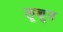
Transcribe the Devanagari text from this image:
लूशुन